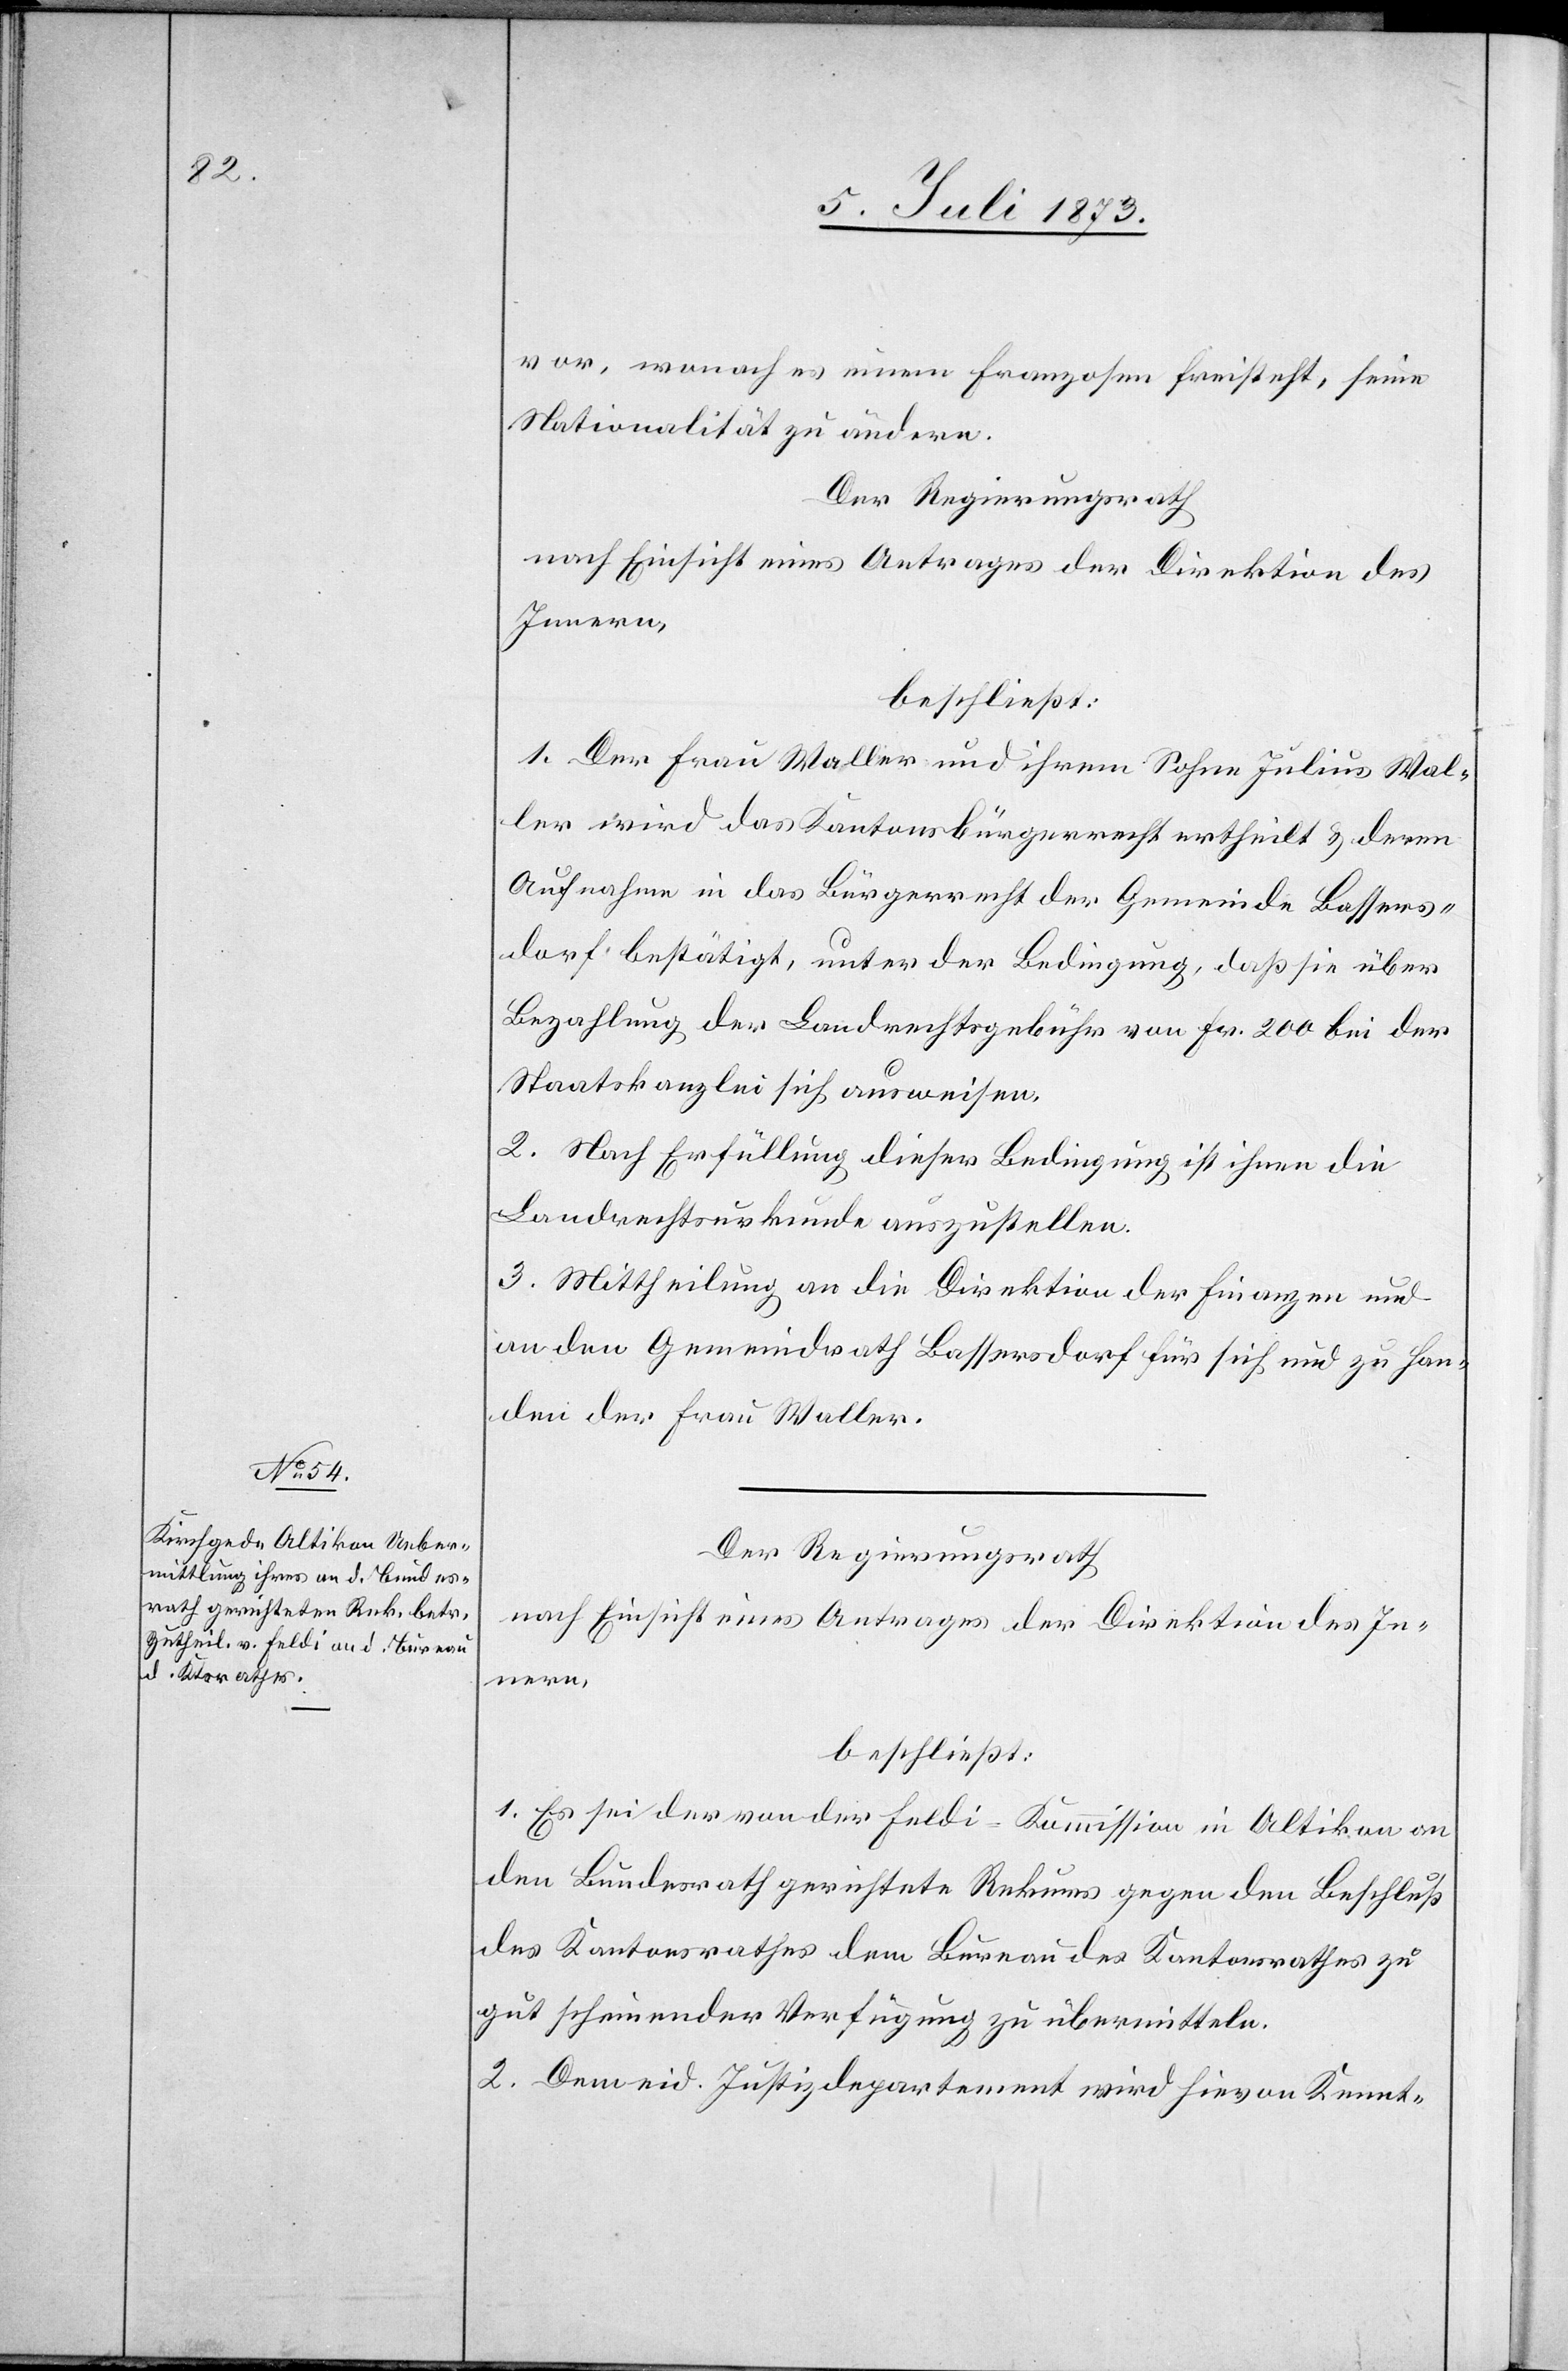
Der Regierungsrath
nach Einsicht eines Antrages der Direktion des
Innern,
beschließt:
1. Es sei der von der Feldi-Kommission in Altikon an
den Bundesrath gerichtete Rekurs gegen den Beschluß
des Kantonsrathes dem Bureau des Kantonsrathes zu
gut scheinender Verfügung zu übermitteln.
2. Dem eid. Justizdepartement wird hievon Kennt-